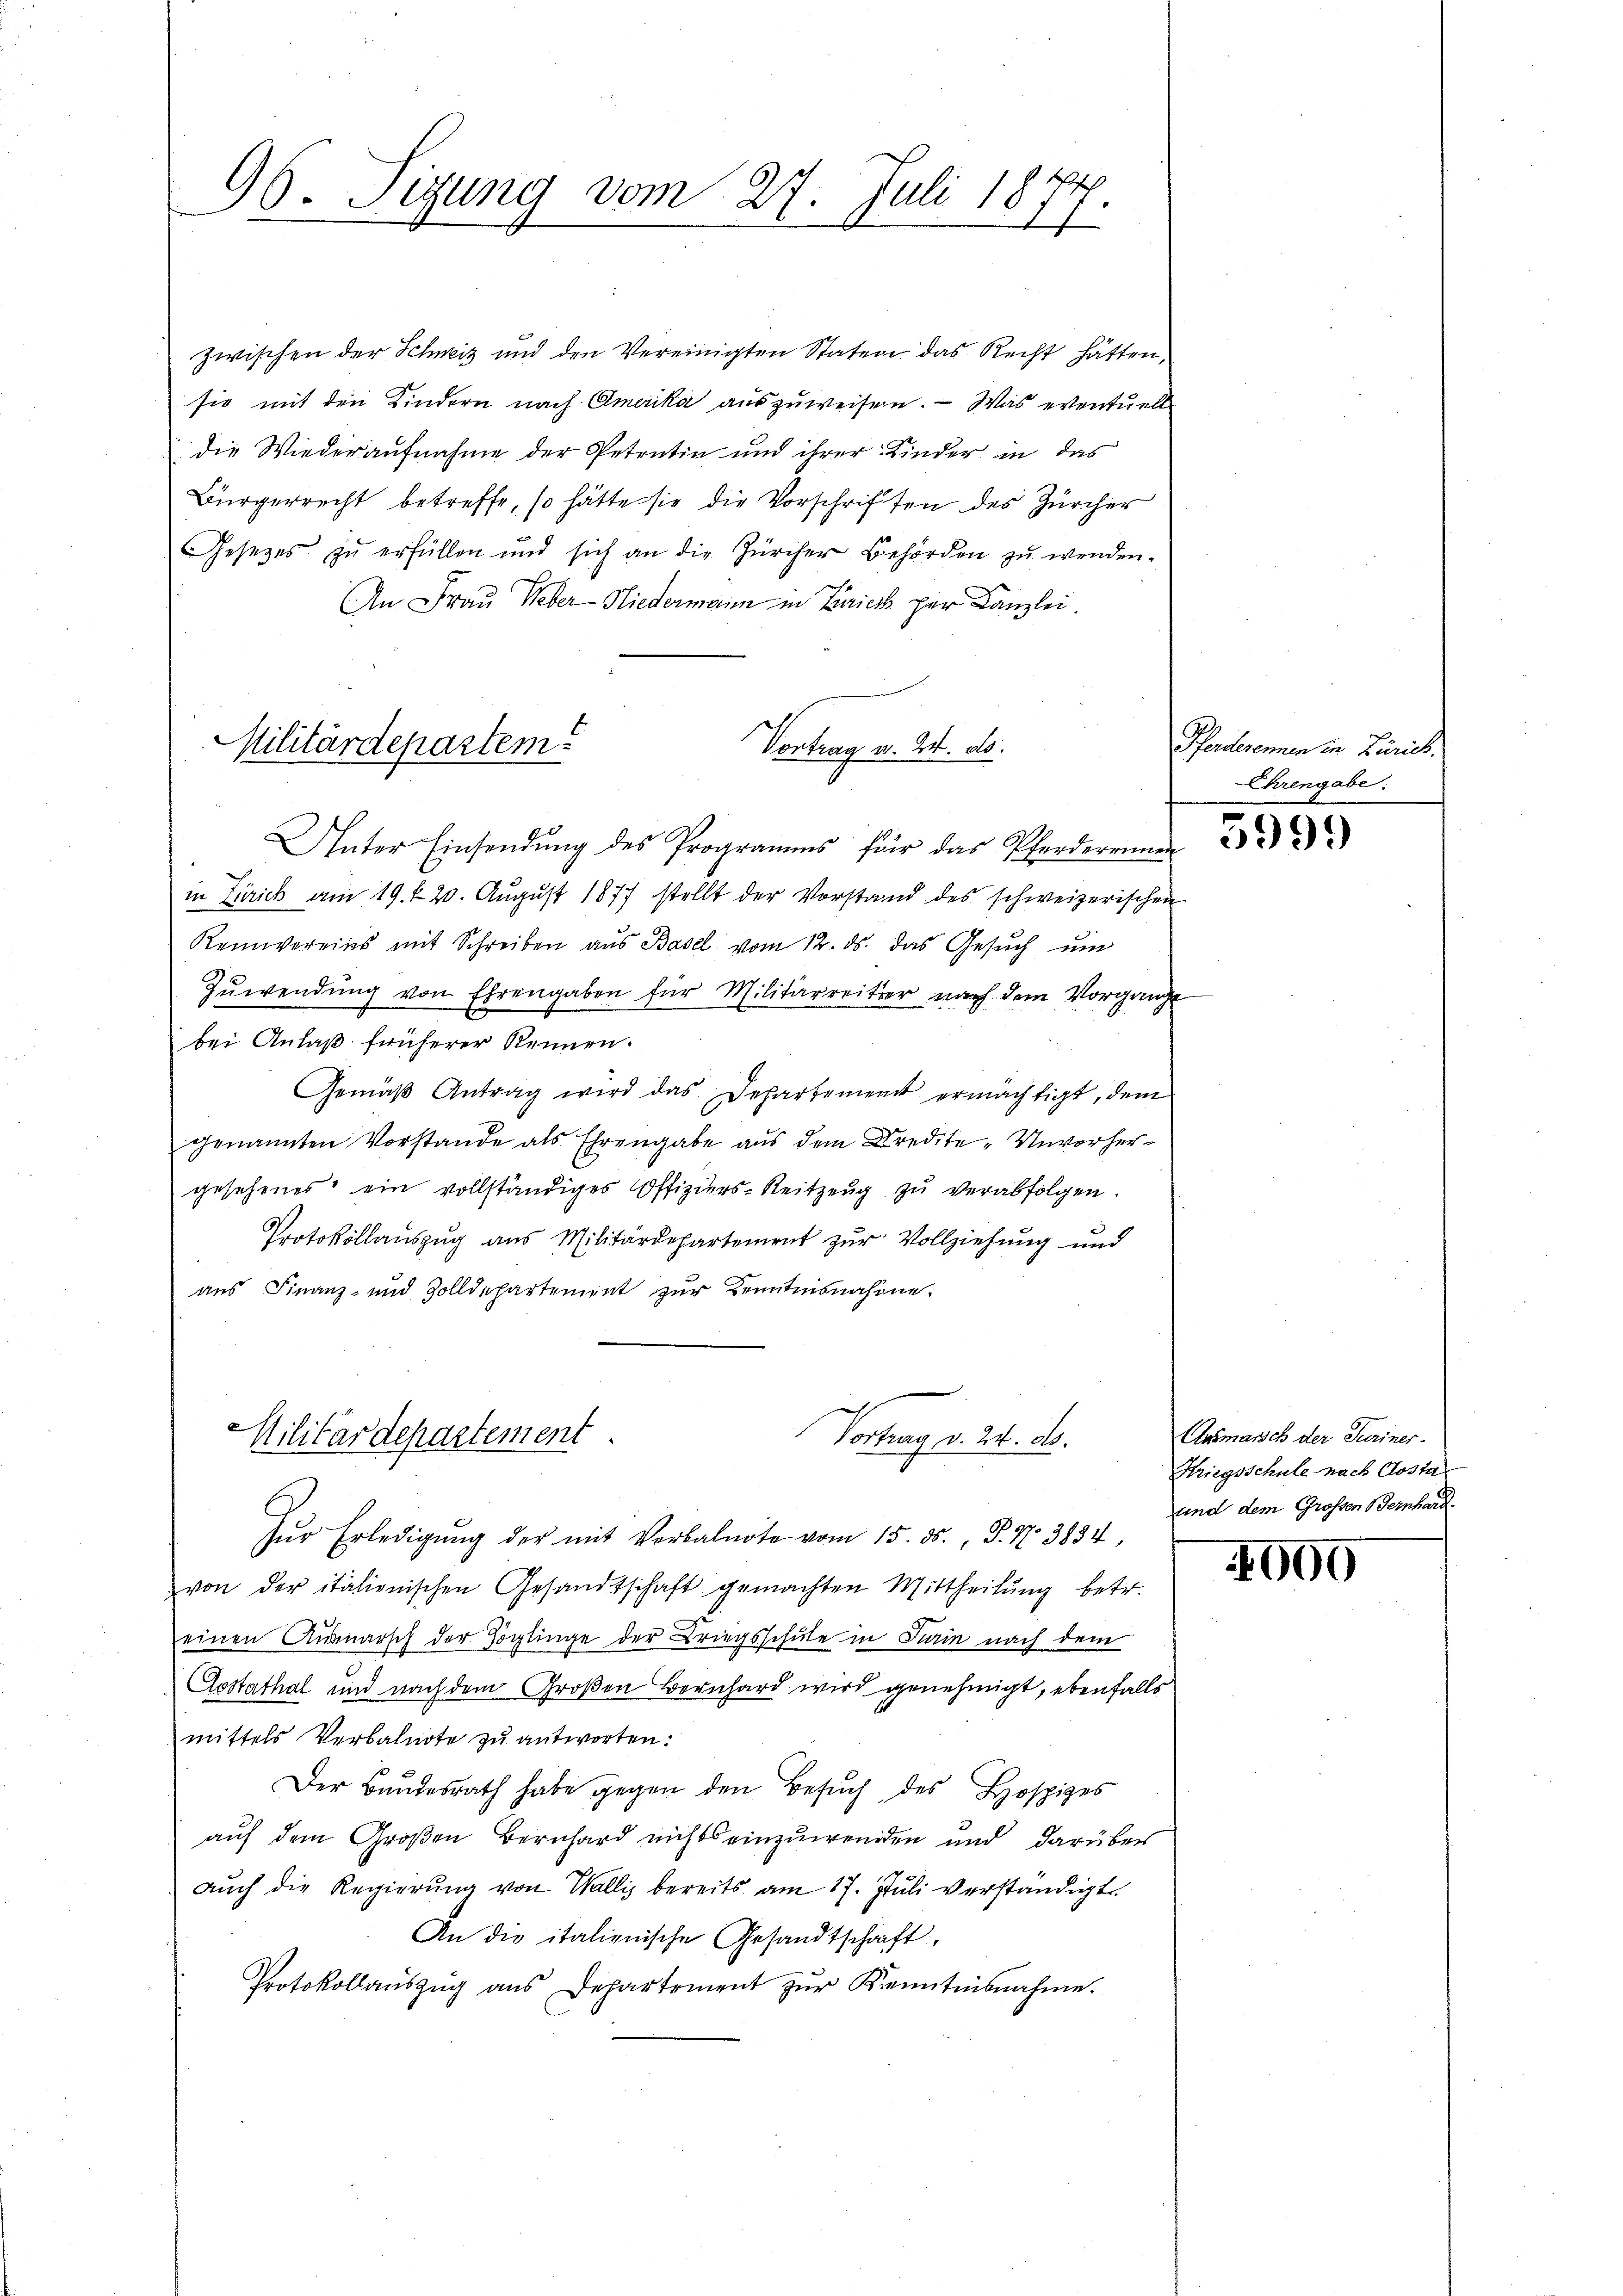
96. Sizung vom 27. Juli 18
7

zwischen der Schweiz und den Vereinigten Staten das Recht hätten,
sie mit den Kindern nach Amerika auszuweisen. — Was eventuelle
die Wiederaufnahme der Petentin und ihrer Kinder in das
Bürgerrecht betreffe, so hätte sie die Vorschriften des Zürcher
Gesetzes zŭ erfüllen und sich an die Zürcher Behörden zŭ wenden.
An Frau Weber-Niedermann in Frick per Kanzlei.

Vortrag u. 24. ds.
Militärdepartem

Vortrag v. 24. d.
Militärdepartement.

Unter Einsendŭng des Programms für das Pferdereinen
in Zürich am 19. t 20. Aŭgŭst 1877 stellt der Vorstand des schweizerischen
Reinvereins mit Schreiben aŭs Basel vom 12. ds. das Gesŭch ŭm
Zŭwendŭng von Ehrengaben für Militärreiter nach dem Vorgange
bei Anlaß früherer Rennen.
Gemäβ Antrag wird das Departement ermächtigt, dem
genannten Vorstande als Ehrengabe aus dem Kredite-Unvorhergesehenes ein vollständiges Offiziers-Reitzeŭg zŭ verabfolgen.
Protokollaŭszŭg aŭs Militärdepartement zŭr Vollziehŭng und
aus Finanz- und Zolldepartement zur Kenntnisnahme:

Zŭr Erledigŭng der mit Verbalnote vom 15. ds., P. Nr. 3834,
von der italienischen Gesandtschaft gemachten Mittheilŭng betr.

einen Ausmarsch der Zöglinge der Kriegsschule in Turin nach dem
Costathal und nach dem Großen Bernhard wird genehmigt, ebenfalls
mittels Verbalnote zu antworten:
Der Bundesrath habe gegen den Besŭch des Hospizes
auf dem Großen Bernhard nichts einzuwenden und darüber
aŭch die Regierŭng von Wallis bereits am 17. Juli verständigt.
An die italienische Gesandtschaft
Protokollaŭszŭg aŭs Departement zŭr Kenntnisnahme.

Pferderennen in Zürich.
Ehrengabe:

5999

Ausmarsch der Turiner-
Kriegsschule nach Costa
und dem Großen Bernhard.

4000